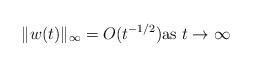
LaTeX: \begin{align*}\|w(t)\|_\infty=O(t^{-1/2}) \mbox{as $t\to\infty$}\end{align*}